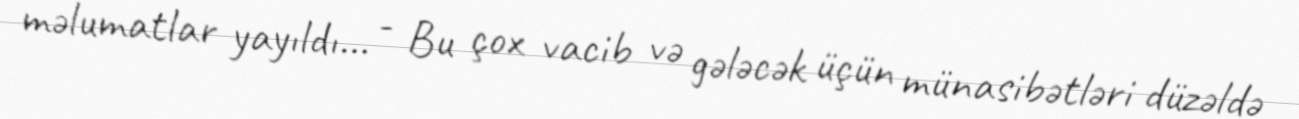
məlumatlar yayıldı... - Bu çox vacib və gələcək üçün münasibətləri düzəldə